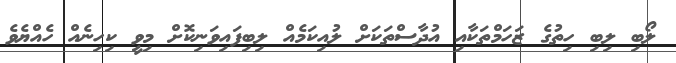
ލޯބި ލިބި ހިތުގެ ޒަހަމްތަކާއި އުދާސްތަކަށް ލުއިކަމެއް ލިބިފައިވަނިކޮށް މިވީ ކިހިނެއް ހެއްޔެވެ